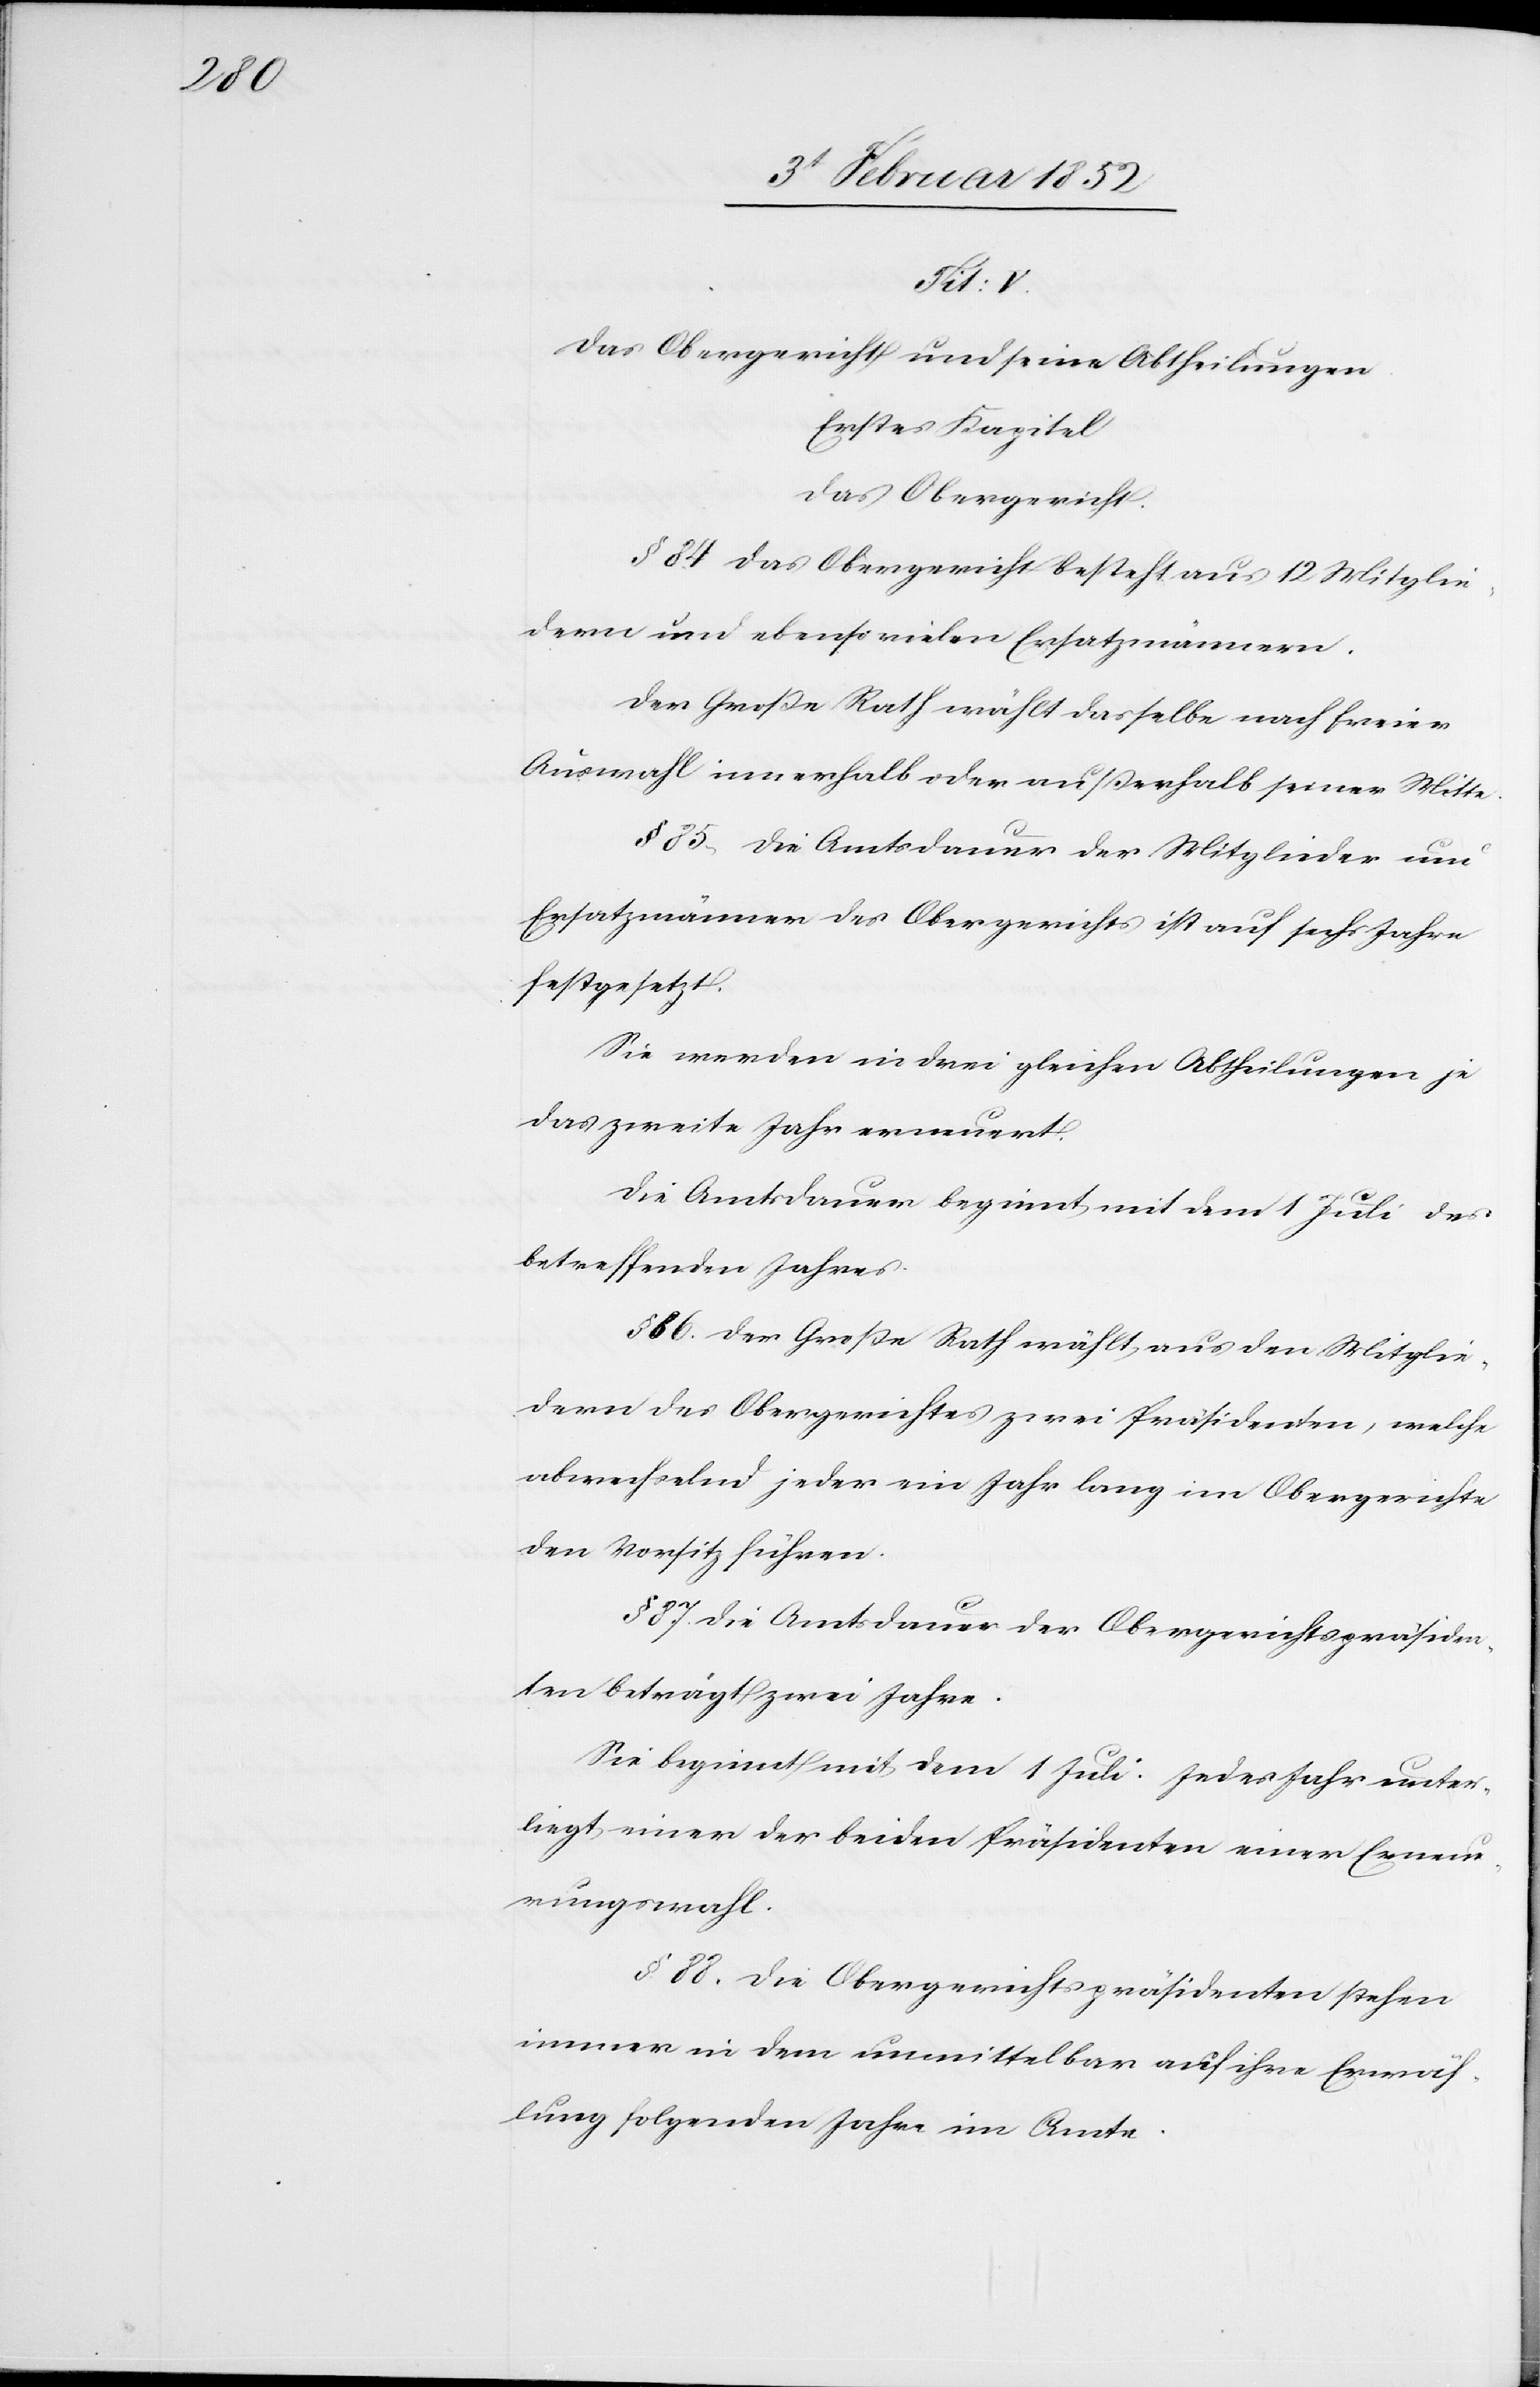
Tit: V.
Das Obergericht und seine Abtheilungen.
Erstes Kapitel.
Das Obergericht.
§ 84. Das Obergericht besteht aus 12 Mitglie¬
dern und ebenso vielen Ersatzmännern.
Der Große Rath wählt dasselbe nach freier
Auswahl innerhalb oder außerhalb seiner Mitte.
§ 85. Die Amtsdauer der Mitglieder und
Ersatzmänner des Obergerichts ist auf sechs Jahre
festgesetzt.
Sie werden in drei gleichen Abtheilungen je
das zweite Jahr erneuert.
Die Amtsdauer beginnt mit dem 1 Juli des
betreffenden Jahres.
§ 86. Der Große Rath wählt, aus den Mitglie¬
dern des Obergerichtes zwei Präsidenten, welche
abwechselnd, jeder ein Jahr lang im Obergerichte
den Vorsitz führen.
§
87. Die Amtsdauer der Obergerichtspräsiden¬
ten beträgt zwei Jahre.
Sie beginnt mit dem 1 Juli. Jedes Jahr unter¬
liegt einer der beiden Präsidenten einer Erneue¬
rungswahl.
§ 88. Die Obergerichtspräsidenten stehen
immer in dem unmittelbar auf ihre Erwäh¬
lung folgenden Jahrs im Amte.